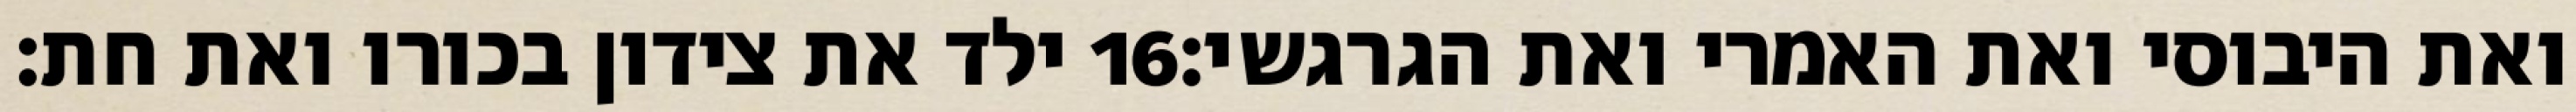
ילד את צידון בכורו ואת חת׃ ‎16‏ ואת היבוסי ואת האמרי ואת הגרגשי׃